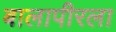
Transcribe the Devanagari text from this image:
बालापीरला